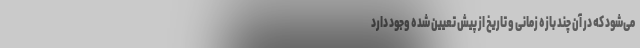
می‌شود که در آن چند بازه زمانی و تاریخ از پیش تعیین شده وجود دارد